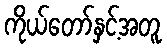
ကိုယ်တော်နှင့်အတူ